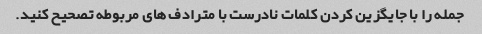
جمله را با جایگزین کردن کلمات نادرست با مترادف های مربوطه تصحیح کنید.